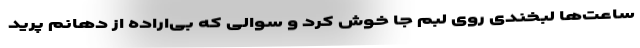
ساعت‌ها لبخندی روی لبم جا خوش کرد و سوالی که بی‌اراده از دهانم پرید